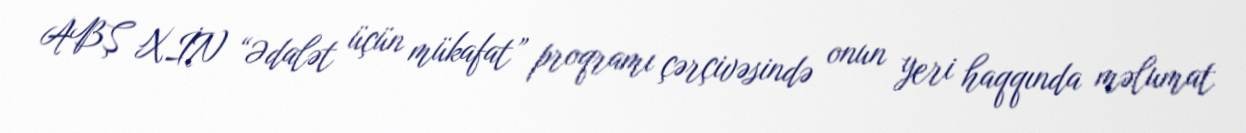
ABŞ XİN “Ədalət üçün mükafat” proqramı çərçivəsində onun yeri haqqında məlumat